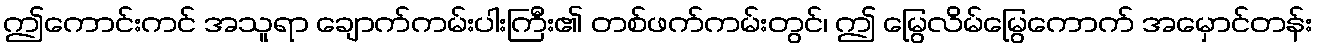
ဤကောင်းကင် အသူရာ ချောက်ကမ်းပါးကြီး၏ တစ်ဖက်ကမ်းတွင်၊ ဤ မြွေလိမ်မြွေကောက် အမှောင်တန်း